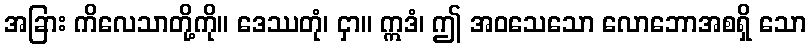
အခြား ကိလေသာတို့ကို။ ဒေဿတုံ၊ ငှာ။ ဣဒံ၊ ဤ အဝသေသော လောဘောအစရှိ သော